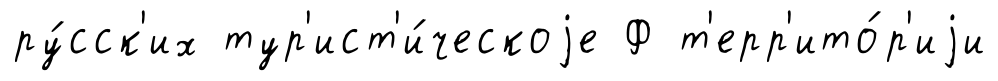
ру́сск'их тур'ист'и́ческоjе Ф т'ерр'ито́р'иjи